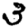
Digit: 3